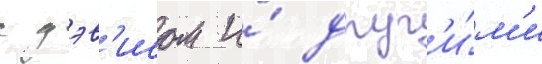
с дэв'исом и́ друг'и́м'и